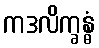
ကဒလိက္ခန္ဓံ